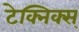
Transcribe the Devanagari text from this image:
टेक्निक्स्